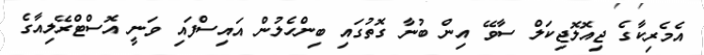
އެމެރިކާގެ ޖިއޮލޮޖިކަލް ސާވޭ އިން ބުނާ ގޮތުގައި ބިންހެލުން އައިސްފައި ވަނީ އޮސްޓްރޭލިއާގެ